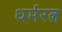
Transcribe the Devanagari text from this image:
धर्मरत्न